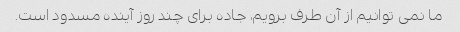
ما نمی توانیم از آن طرف برویم، جاده برای چند روز آینده مسدود است.